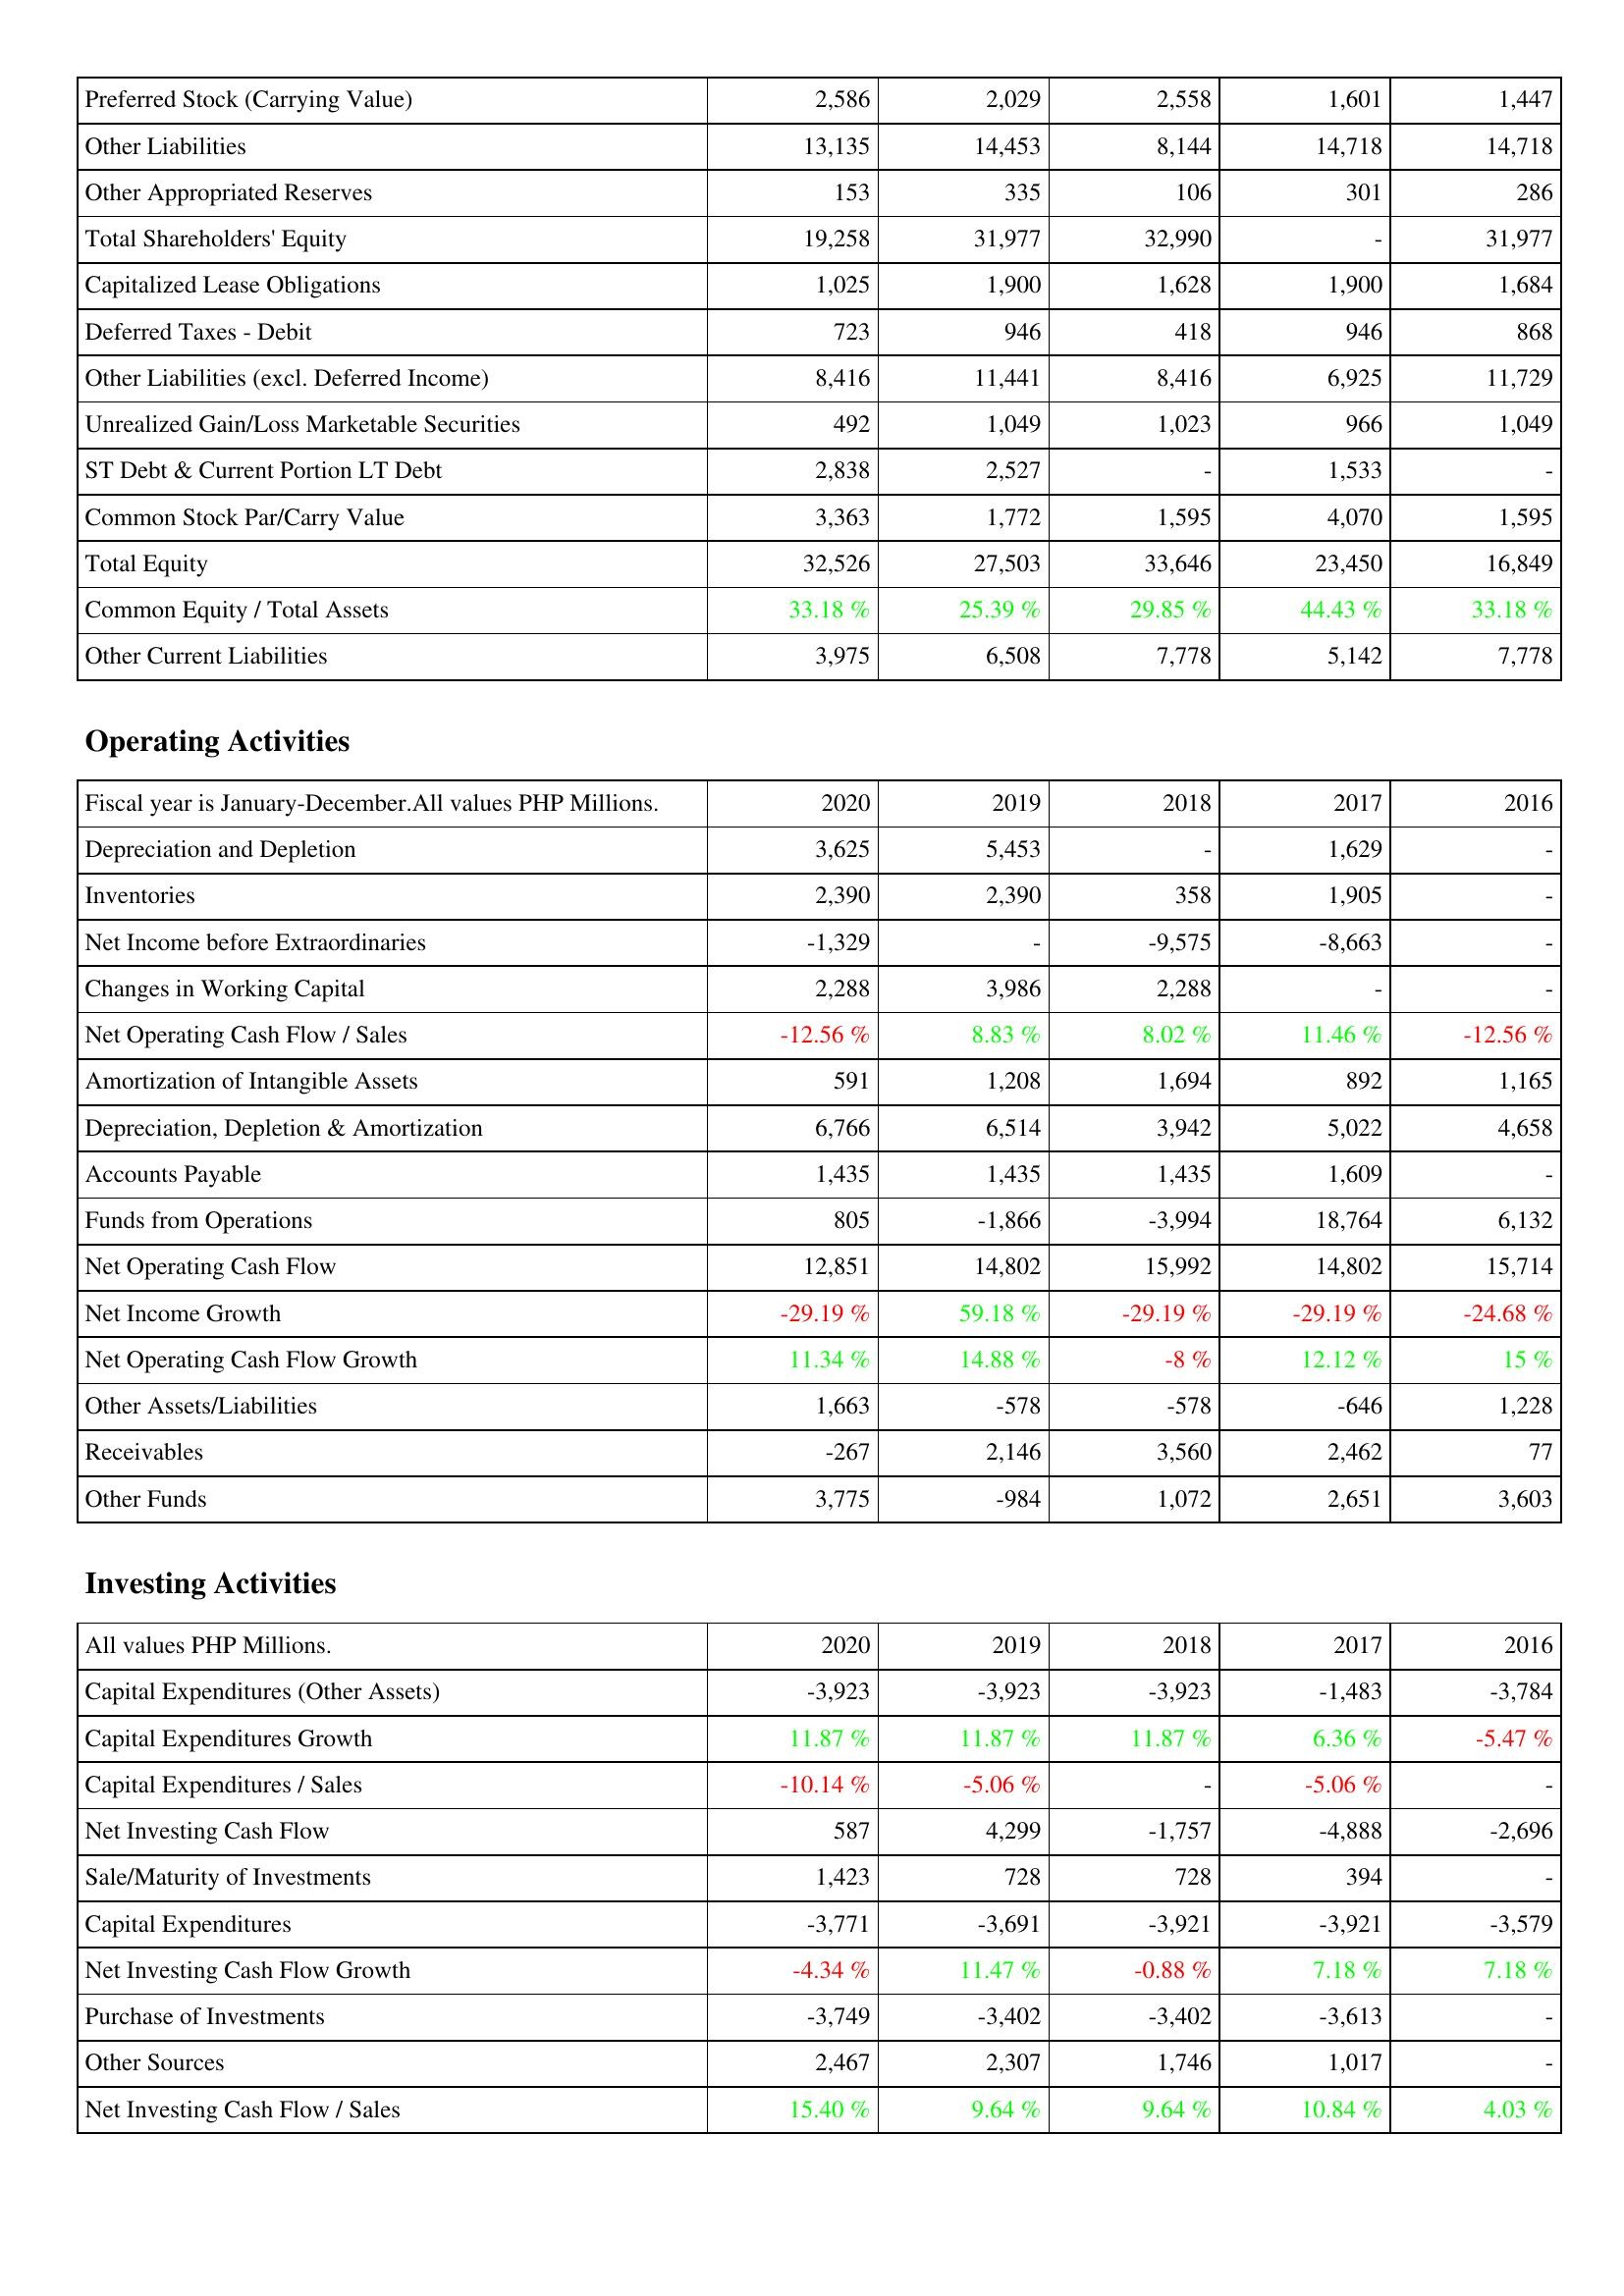
2020: Liabilities & Shareholders' Equity: Preferred Stock (Carrying Value): 2,586
Other Liabilities: 13,135
Other Appropriated Reserves: 153
Total Shareholders' Equity: 19,258
Capitalized Lease Obligations: 1,025
Deferred Taxes - Debit: 723
Other Liabilities (excl. Deferred Income): 8,416
Unrealized Gain/Loss Marketable Securities: 492
ST Debt & Current Portion LT Debt: 2,838
Common Stock Par/Carry Value: 3,363
Total Equity: 32,526
Common Equity / Total Assets: 33.18 %
Other Current Liabilities: 3,975
Operating Activities: Depreciation and Depletion: 3,625
Inventories: 2,390
Net Income before Extraordinaries: -1,329
Changes in Working Capital: 2,288
Net Operating Cash Flow / Sales: -12.56 %
Amortization of Intangible Assets: 591
Depreciation, Depletion & Amortization: 6,766
Accounts Payable: 1,435
Funds from Operations: 805
Net Operating Cash Flow: 12,851
Net Income Growth: -29.19 %
Net Operating Cash Flow Growth: 11.34 %
Other Assets/Liabilities: 1,663
Receivables: -267
Other Funds: 3,775
Investing Activities: Capital Expenditures (Other Assets): -3,923
Capital Expenditures Growth: 11.87 %
Capital Expenditures / Sales: -10.14 %
Net Investing Cash Flow: 587
Sale/Maturity of Investments: 1,423
Capital Expenditures: -3,771
Net Investing Cash Flow Growth: -4.34 %
Purchase of Investments: -3,749
Other Sources: 2,467
Net Investing Cash Flow / Sales: 15.40 %
2019: Liabilities & Shareholders' Equity: Preferred Stock (Carrying Value): 2,029
Other Liabilities: 14,453
Other Appropriated Reserves: 335
Total Shareholders' Equity: 31,977
Capitalized Lease Obligations: 1,900
Deferred Taxes - Debit: 946
Other Liabilities (excl. Deferred Income): 11,441
Unrealized Gain/Loss Marketable Securities: 1,049
ST Debt & Current Portion LT Debt: 2,527
Common Stock Par/Carry Value: 1,772
Total Equity: 27,503
Common Equity / Total Assets: 25.39 %
Other Current Liabilities: 6,508
Operating Activities: Depreciation and Depletion: 5,453
Inventories: 2,390
Net Income before Extraordinaries: -
Changes in Working Capital: 3,986
Net Operating Cash Flow / Sales: 8.83 %
Amortization of Intangible Assets: 1,208
Depreciation, Depletion & Amortization: 6,514
Accounts Payable: 1,435
Funds from Operations: -1,866
Net Operating Cash Flow: 14,802
Net Income Growth: 59.18 %
Net Operating Cash Flow Growth: 14.88 %
Other Assets/Liabilities: -578
Receivables: 2,146
Other Funds: -984
Investing Activities: Capital Expenditures (Other Assets): -3,923
Capital Expenditures Growth: 11.87 %
Capital Expenditures / Sales: -5.06 %
Net Investing Cash Flow: 4,299
Sale/Maturity of Investments: 728
Capital Expenditures: -3,691
Net Investing Cash Flow Growth: 11.47 %
Purchase of Investments: -3,402
Other Sources: 2,307
Net Investing Cash Flow / Sales: 9.64 %
2018: Liabilities & Shareholders' Equity: Preferred Stock (Carrying Value): 2,558
Other Liabilities: 8,144
Other Appropriated Reserves: 106
Total Shareholders' Equity: 32,990
Capitalized Lease Obligations: 1,628
Deferred Taxes - Debit: 418
Other Liabilities (excl. Deferred Income): 8,416
Unrealized Gain/Loss Marketable Securities: 1,023
ST Debt & Current Portion LT Debt: -
Common Stock Par/Carry Value: 1,595
Total Equity: 33,646
Common Equity / Total Assets: 29.85 %
Other Current Liabilities: 7,778
Operating Activities: Depreciation and Depletion: -
Inventories: 358
Net Income before Extraordinaries: -9,575
Changes in Working Capital: 2,288
Net Operating Cash Flow / Sales: 8.02 %
Amortization of Intangible Assets: 1,694
Depreciation, Depletion & Amortization: 3,942
Accounts Payable: 1,435
Funds from Operations: -3,994
Net Operating Cash Flow: 15,992
Net Income Growth: -29.19 %
Net Operating Cash Flow Growth: -8 %
Other Assets/Liabilities: -578
Receivables: 3,560
Other Funds: 1,072
Investing Activities: Capital Expenditures (Other Assets): -3,923
Capital Expenditures Growth: 11.87 %
Capital Expenditures / Sales: -
Net Investing Cash Flow: -1,757
Sale/Maturity of Investments: 728
Capital Expenditures: -3,921
Net Investing Cash Flow Growth: -0.88 %
Purchase of Investments: -3,402
Other Sources: 1,746
Net Investing Cash Flow / Sales: 9.64 %
2017: Liabilities & Shareholders' Equity: Preferred Stock (Carrying Value): 1,601
Other Liabilities: 14,718
Other Appropriated Reserves: 301
Total Shareholders' Equity: -
Capitalized Lease Obligations: 1,900
Deferred Taxes - Debit: 946
Other Liabilities (excl. Deferred Income): 6,925
Unrealized Gain/Loss Marketable Securities: 966
ST Debt & Current Portion LT Debt: 1,533
Common Stock Par/Carry Value: 4,070
Total Equity: 23,450
Common Equity / Total Assets: 44.43 %
Other Current Liabilities: 5,142
Operating Activities: Depreciation and Depletion: 1,629
Inventories: 1,905
Net Income before Extraordinaries: -8,663
Changes in Working Capital: -
Net Operating Cash Flow / Sales: 11.46 %
Amortization of Intangible Assets: 892
Depreciation, Depletion & Amortization: 5,022
Accounts Payable: 1,609
Funds from Operations: 18,764
Net Operating Cash Flow: 14,802
Net Income Growth: -29.19 %
Net Operating Cash Flow Growth: 12.12 %
Other Assets/Liabilities: -646
Receivables: 2,462
Other Funds: 2,651
Investing Activities: Capital Expenditures (Other Assets): -1,483
Capital Expenditures Growth: 6.36 %
Capital Expenditures / Sales: -5.06 %
Net Investing Cash Flow: -4,888
Sale/Maturity of Investments: 394
Capital Expenditures: -3,921
Net Investing Cash Flow Growth: 7.18 %
Purchase of Investments: -3,613
Other Sources: 1,017
Net Investing Cash Flow / Sales: 10.84 %
2016: Liabilities & Shareholders' Equity: Preferred Stock (Carrying Value): 1,447
Other Liabilities: 14,718
Other Appropriated Reserves: 286
Total Shareholders' Equity: 31,977
Capitalized Lease Obligations: 1,684
Deferred Taxes - Debit: 868
Other Liabilities (excl. Deferred Income): 11,729
Unrealized Gain/Loss Marketable Securities: 1,049
ST Debt & Current Portion LT Debt: -
Common Stock Par/Carry Value: 1,595
Total Equity: 16,849
Common Equity / Total Assets: 33.18 %
Other Current Liabilities: 7,778
Operating Activities: Depreciation and Depletion: -
Inventories: -
Net Income before Extraordinaries: -
Changes in Working Capital: -
Net Operating Cash Flow / Sales: -12.56 %
Amortization of Intangible Assets: 1,165
Depreciation, Depletion & Amortization: 4,658
Accounts Payable: -
Funds from Operations: 6,132
Net Operating Cash Flow: 15,714
Net Income Growth: -24.68 %
Net Operating Cash Flow Growth: 15 %
Other Assets/Liabilities: 1,228
Receivables: 77
Other Funds: 3,603
Investing Activities: Capital Expenditures (Other Assets): -3,784
Capital Expenditures Growth: -5.47 %
Capital Expenditures / Sales: -
Net Investing Cash Flow: -2,696
Sale/Maturity of Investments: -
Capital Expenditures: -3,579
Net Investing Cash Flow Growth: 7.18 %
Purchase of Investments: -
Other Sources: -
Net Investing Cash Flow / Sales: 4.03 %